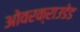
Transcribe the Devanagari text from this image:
ओवरक्राउडेड